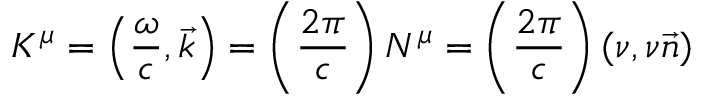
K ^ { \mu } = \left( { \frac { \omega } { c } } , { \vec { k } } \right) = \left( { \frac { 2 \pi } { c } } \right) N ^ { \mu } = \left( { \frac { 2 \pi } { c } } \right) ( \nu , \nu { \vec { n } } )